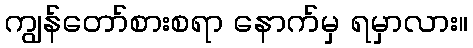
ကျွန်တော်စားစရာ နောက်မှ ရမှာလား။